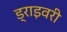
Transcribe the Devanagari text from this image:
ड्राइवरी